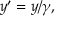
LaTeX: y ^ { \prime } = y / \gamma ,